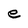
Character: e